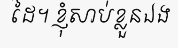
ដៃ។ ខ្ញុំសាប់ខ្លួនឯង